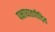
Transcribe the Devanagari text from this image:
पक्षाधातपीड़ित